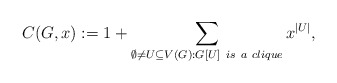
\begin{align*}C(G,x):= 1 + \sum_{\emptyset \neq U \subseteq V(G):G[U]~is~a~clique}x^{\vert U\vert}, \end{align*}